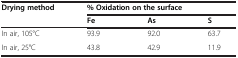
| <ROWSPAN=2> Drying method | <COLSPAN=3> % Oxidation on the surface |
 | Fe | As | S |
 | --- | --- | --- | --- |
 | In air, 105°C | 93.9 | 92.0 | 63.7 |
 | In air, 25°C | 43.8 | 42.9 | 11.9 |